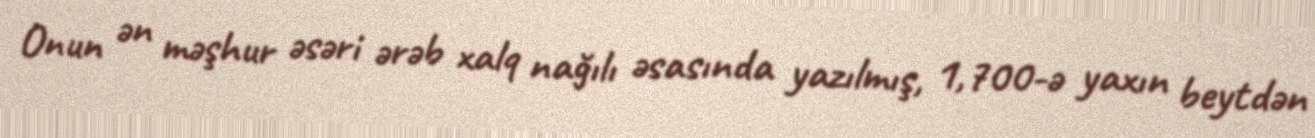
Onun ən məşhur əsəri ərəb xalq nağılı əsasında yazılmış, 1,700-ə yaxın beytdən